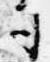
司